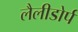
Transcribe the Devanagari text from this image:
लैलीडोर्प